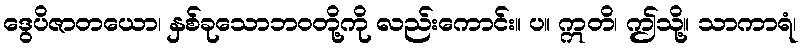
ဒွေပိဇာတယော၊ နှစ်ခုသောဘဝတို့ကို လည်းကောင်း။ ပ။ ဣတိ၊ ဤသို့။ သာကာရံ၊